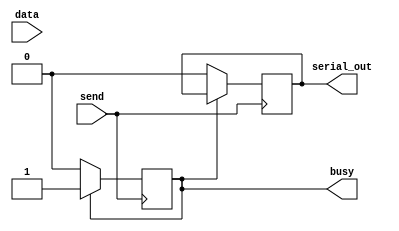
module UART_transmitter(
    input send,
    input [DATA_WIDTH-1:0] data,
    output reg serial_out,
    output reg busy
    );

    parameter DATA_WIDTH = 7;
    parameter bud = 10;
    reg [DATA_WIDTH-1:0] data_reg;
	 integer i;

    initial begin
        data_reg <= 0;
        serial_out <= 0;
        busy <= 0;
    end

    always @(posedge send) begin
	     if (~busy) begin
		      busy = 1'b1;
		      data_reg = data;
            serial_out = 1'b1;
            #bud serial_out = ^data_reg;
            
            for (i = 0; i < DATA_WIDTH; i = i + 1) begin
                #bud serial_out = data_reg[i];
            end
		      #bud serial_out = 1'b1; // stop signal
				#bud serial_out = 1'b0; // reset the dataline
				busy = 1'b0;
		  end
        
    end
endmodule